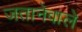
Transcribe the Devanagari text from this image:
जतानेवाले